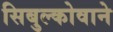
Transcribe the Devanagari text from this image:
सिबुल्कोवाने